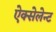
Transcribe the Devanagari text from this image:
ऐक्सेलेन्ट